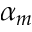
\alpha _ { m }